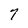
Character: 7